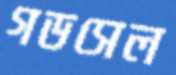
গডসেল